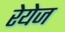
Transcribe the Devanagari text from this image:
रेयेज